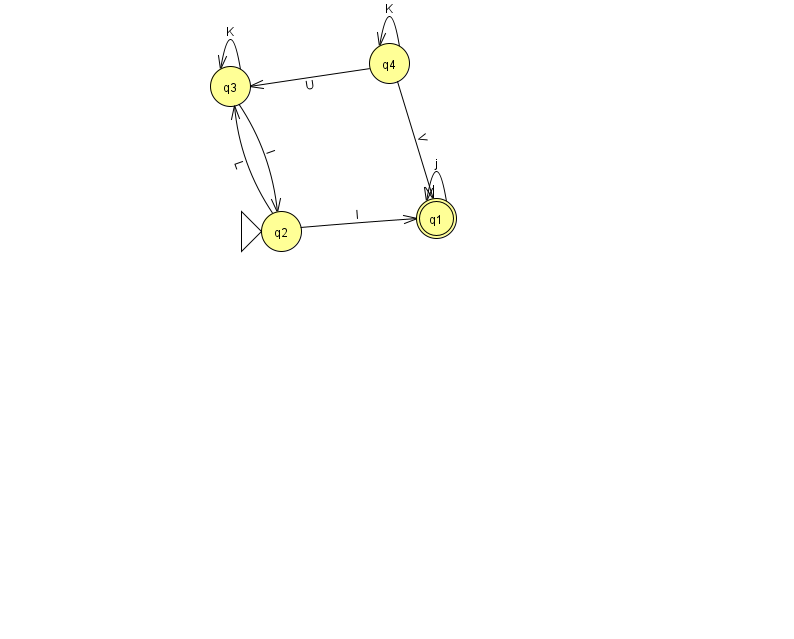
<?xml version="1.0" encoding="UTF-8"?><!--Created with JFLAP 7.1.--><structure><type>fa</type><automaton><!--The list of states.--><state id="1" name="q1"><x>436.0</x><y>205.0</y><final/></state><state id="2" name="q2"><x>281.0</x><y>218.0</y><initial/></state><state id="3" name="q3"><x>230.0</x><y>73.0</y></state><state id="4" name="q4"><x>389.0</x><y>50.0</y></state><!--The list of transitions.--><transition><from>4</from><to>1</to><read>V</read></transition><transition><from>4</from><to>3</to><read>U</read></transition><transition><from>2</from><to>1</to><read>I</read></transition><transition><from>2</from><to>3</to><read>L</read></transition><transition><from>3</from><to>2</to><read>l</read></transition><transition><from>1</from><to>1</to><read>j</read></transition><transition><from>3</from><to>3</to><read>K</read></transition><transition><from>4</from><to>4</to><read>K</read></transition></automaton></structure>